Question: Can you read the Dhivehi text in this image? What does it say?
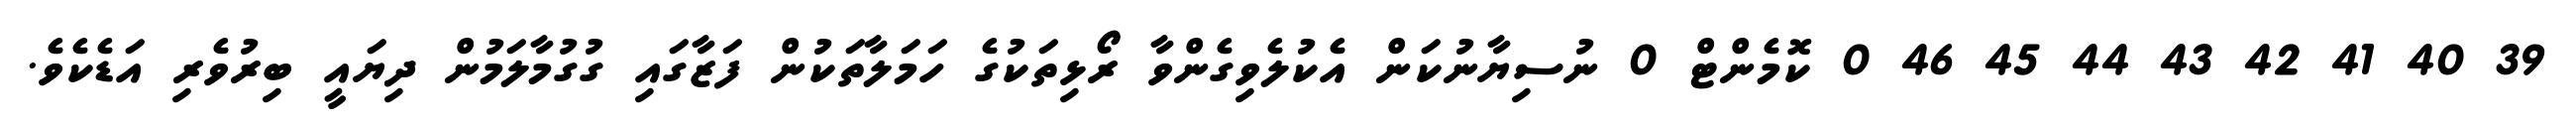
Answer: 39 40 41 42 43 44 45 46 0 ކޮމެންޓް 0 ނުސިޔާނުކަން އެކުލެވިގެންވާ ރޯޅިތަކުގެ ހަމަލާތަކުން ފަޒާގައި ގުގުމާލަމުން ދިޔައީ ބިރުވެރި އަޑެކެވެ.